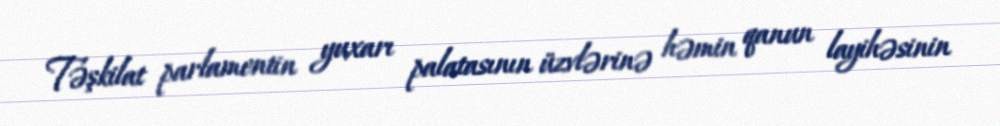
Təşkilat parlamentin yuxarı palatasının üzvlərinə həmin qanun layihəsinin